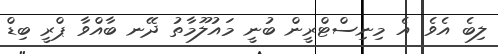
ލިބެ އެވެ. އެ މިިނިސްޓްރީން ބުނީ މައުލޫމާތު ދޭނ ބާއްވާ ޕްރީ ބިޑް